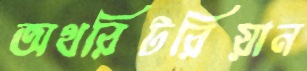
অথরিটরিয়ান